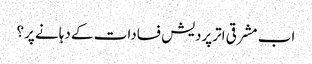
اب مشرقی اترپردیش فسادات کے دہانے پر؟